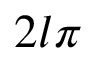
2 l \pi